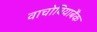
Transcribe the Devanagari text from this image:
वाचोवियाबैंक